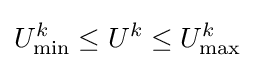
U_{\min }^{k}\leq U^{k}\leq U_{\max }^{k}